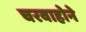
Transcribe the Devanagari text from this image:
चरवाहोने